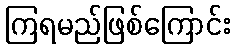
ကြရမည်ဖြစ်ကြောင်း